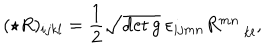
LaTeX: ( \star R ) _ { i j k l } = { \frac { 1 } { 2 } } \sqrt { \det g } \: \varepsilon _ { i j m n } R _ { \: \: \: \: \: \: k l } ^ { m n } ,